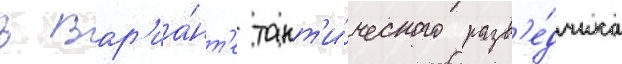
в вар'иа́нт'е такт'и́ческого разв'е́дчика